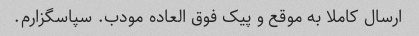
ارسال کاملا به موقع و پیک فوق العاده مودب. سپاسگزارم.